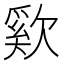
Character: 㰿